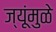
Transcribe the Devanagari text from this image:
ज्यूंमुळे